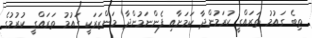
ތިބެ ގައުމު ތަރައްގީ ކުރަމުންދާ ކަމަށާއި ފެންނަމުންދާ މަންޒަރަކީ ގައުމު ތަރައްގީ ކުރުމުގެ